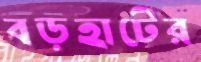
বড়হাটের